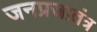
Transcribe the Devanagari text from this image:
जनप्रजातंत्र